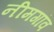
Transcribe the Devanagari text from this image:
नीमगांव